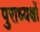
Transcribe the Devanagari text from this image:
पुराध्यक्षों